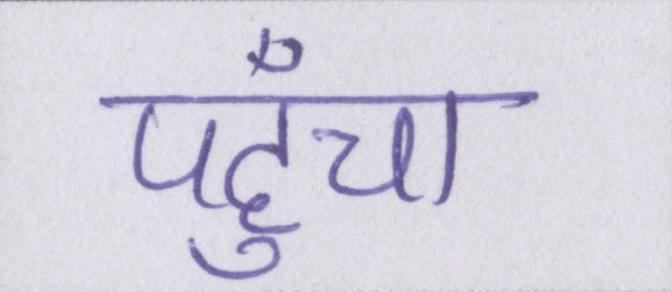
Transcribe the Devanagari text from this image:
पहुँचा